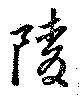
陵